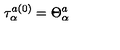
\tau _ { \alpha } ^ { a ( 0 ) } = \Theta _ { \alpha } ^ { a } \nonumber